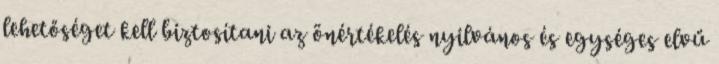
lehetőséget kell biztosítani az önértékelés nyilvános és egységes elvű